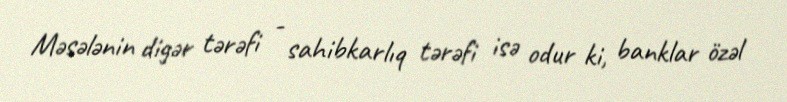
Məsələnin digər tərəfi - sahibkarlıq tərəfi isə odur ki, banklar özəl